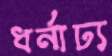
ধর্নাঢ্য